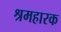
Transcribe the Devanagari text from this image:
श्रमहारक